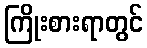
ကြိုးစားရာတွင်